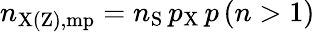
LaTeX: n_{\mathrm{X(Z),mp}}=n_{\mathrm{S}}\, p_{\mathrm{X}}\, p\left(n>1\right)